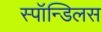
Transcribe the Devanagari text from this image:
स्पॉन्डिलस